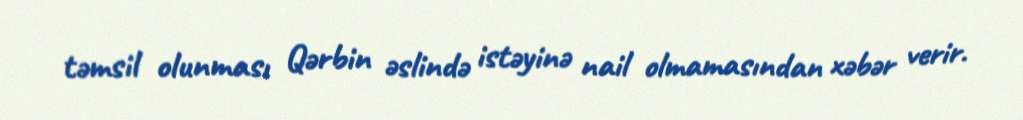
təmsil olunması Qərbin əslində istəyinə nail olmamasından xəbər verir.